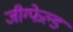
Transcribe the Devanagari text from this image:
जीग्फेल्ड